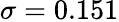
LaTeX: \sigma=0.151